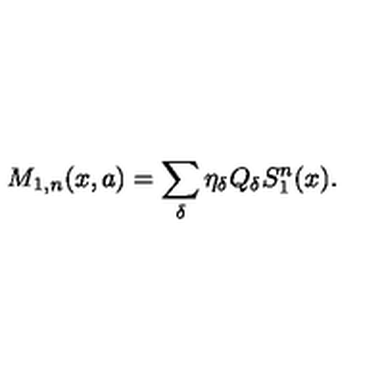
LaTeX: M _ { 1 , n } ( x , a ) = \sum _ { \delta } \eta _ { \delta } Q _ { \delta } S _ { 1 } ^ { n } ( x ) .